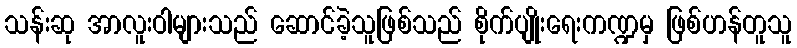
သန်းဆု အာလူးဝါများသည် ဆောင်ခဲ့သူဖြစ်သည် စိုက်ပျိုးရေးကဏ္ဍမှ ဖြစ်ဟန်တူသူ